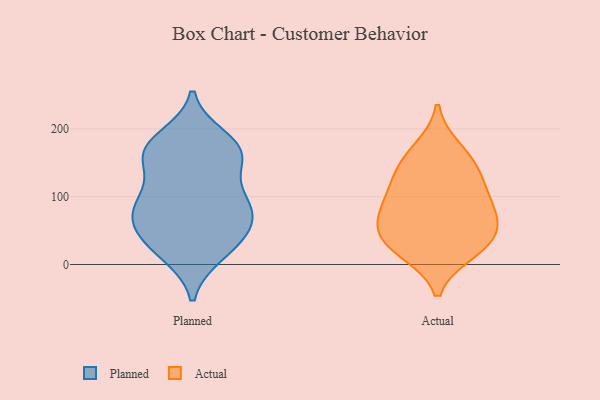
{"axis": {"x": "Humidity (%)", "y": "Value"}, "legend": ["Actual", "Planned"], "data": [{"x": "", "y": 168, "type": "Planned"}, {"x": "", "y": 83, "type": "Planned"}, {"x": "", "y": 156, "type": "Planned"}, {"x": "", "y": 100, "type": "Planned"}, {"x": "", "y": 73, "type": "Planned"}, {"x": "", "y": 15, "type": "Planned"}, {"x": "", "y": 91, "type": "Planned"}, {"x": "", "y": 83, "type": "Planned"}, {"x": "", "y": 160, "type": "Planned"}, {"x": "", "y": 180, "type": "Planned"}, {"x": "", "y": 57, "type": "Planned"}, {"x": "", "y": 166, "type": "Planned"}, {"x": "", "y": 187, "type": "Planned"}, {"x": "", "y": 41, "type": "Planned"}, {"x": "", "y": 102, "type": "Planned"}, {"x": "", "y": 37, "type": "Planned"}, {"x": "", "y": 15, "type": "Planned"}, {"x": "", "y": 153, "type": "Planned"}, {"x": "", "y": 50, "type": "Planned"}, {"x": "", "y": 19, "type": "Actual"}, {"x": "", "y": 51, "type": "Actual"}, {"x": "", "y": 135, "type": "Actual"}, {"x": "", "y": 31, "type": "Actual"}, {"x": "", "y": 119, "type": "Actual"}, {"x": "", "y": 151, "type": "Actual"}, {"x": "", "y": 170, "type": "Actual"}, {"x": "", "y": 73, "type": "Actual"}, {"x": "", "y": 88, "type": "Actual"}, {"x": "", "y": 26, "type": "Actual"}, {"x": "", "y": 56, "type": "Actual"}, {"x": "", "y": 93, "type": "Actual"}]}